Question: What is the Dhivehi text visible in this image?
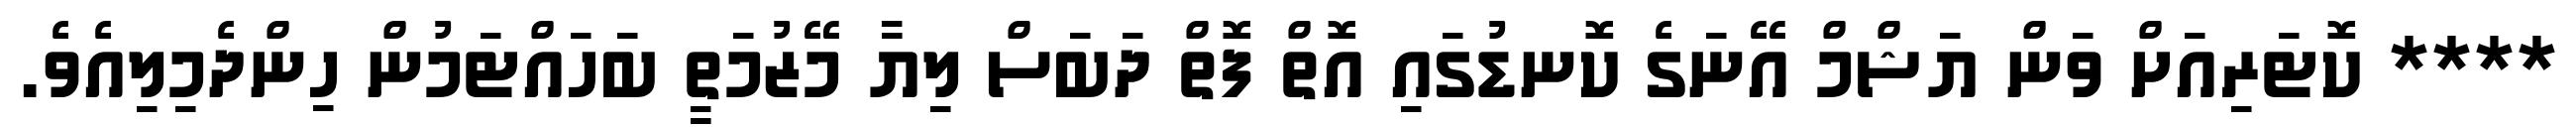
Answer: **** ކޮޓަރިއަށް ވަން ޔަޝްމް އޭނަގެ ކޮނޑުގައި އޮތް ފޮތް ދަބަސް ލިޔާ މޭޒުމަތީ ބަހައްޓަމުން ހިންދެމިލިއެވެ.